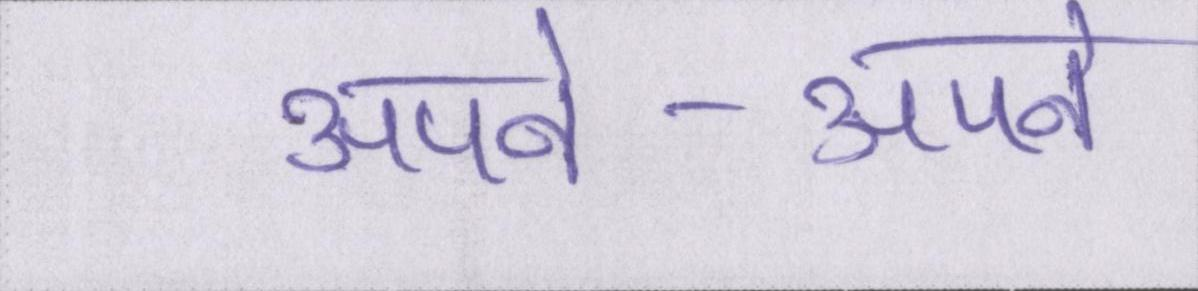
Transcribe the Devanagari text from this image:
अपने-अपने